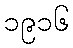
၁၉၁၆